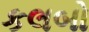
કલબો